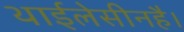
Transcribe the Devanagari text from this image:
थाईलेसीनहै।